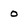
Character: O